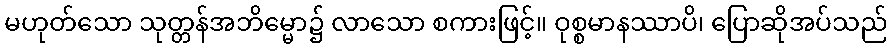
မဟုတ်သော သုတ္တန်အဘိမ္မော၌ လာသော စကားဖြင့်။ ဝုစ္စမာနဿာပိ၊ ပြောဆိုအပ်သည်